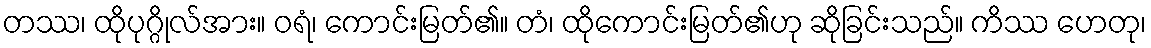
တဿ၊ ထိုပုဂ္ဂိုလ်အား။ ဝရံ၊ ကောင်းမြတ်၏။ တံ၊ ထိုကောင်းမြတ်၏ဟု ဆိုခြင်းသည်။ ကိဿ ဟေတု၊